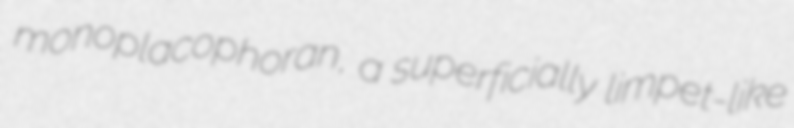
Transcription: monoplacophoran, a superficially limpet-like